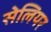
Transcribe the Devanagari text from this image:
सेलियर